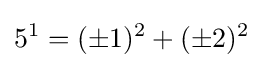
5^{1}=(\pm 1)^{2}+(\pm 2)^{2}